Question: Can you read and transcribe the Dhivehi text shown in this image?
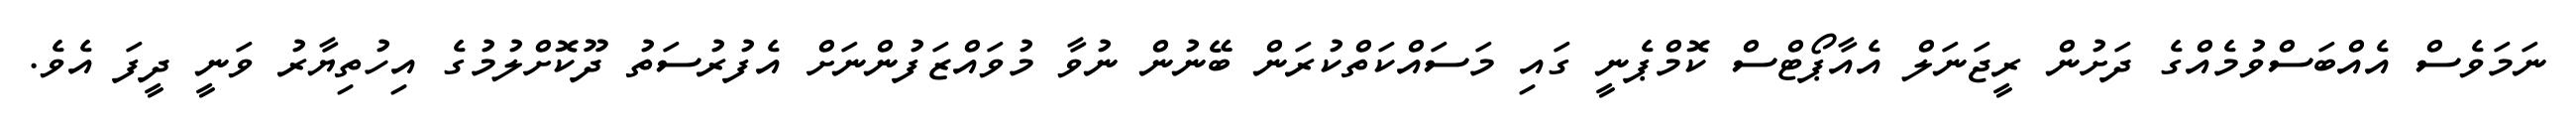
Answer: ނަމަވެސް އެއްބަސްވުމެއްގެ ދަށުން ރީޖަނަލް އެއާޕޯޓްސް ކޮމްޕެނީ ގައި މަސައްކަތްކުރަން ބޭނުން ނުވާ މުވައްޒަފުންނަށް އެފުރުސަތު ދޫކޮށްލުމުގެ އިހުތިޔާރު ވަނީ ދީފަ އެވެ.